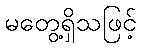
မတွေ့ရှိသဖြင့်